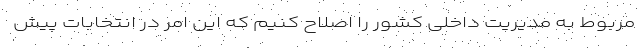
مربوط به مدیریت داخلی کشور را اصلاح کنیم که این امر در انتخابات پیش